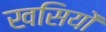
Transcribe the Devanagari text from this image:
खसियों